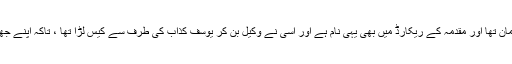
یوسف کذاب کے زمانے میں اس کا نام زید زمان تھا اور مقدمہ کے ریکارڈ میں بھی یہی نام ہے اور اسی نے وکیل بن کر یوسف کذاب کی طرف سے کیس لڑا تھا ، تاکہ اپنے جھوٹے نبی کو سزائے موت سے بچایا جاسکے۔